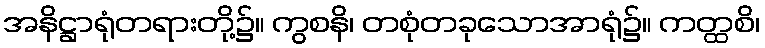
အနိဋ္ဌာရုံတရားတို့၌။ ကွစနိ၊ တစုံတခုသောအာရုံ၌။ ကတ္ထစိ၊